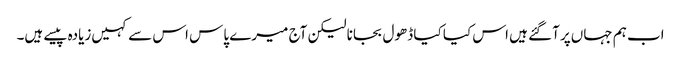
اب ہم جہاں‌پر آگئے ہیں اس کیا کیا ڈھول بجانا لیکن آج میرے پاس اس سے کہیں‌زیادہ پیسے ہیں۔